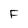
Character: F